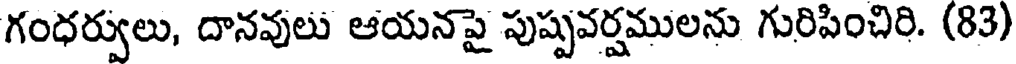
గంధర్వులు, దానవులు ఆయనపై పుష్పవర్షములను గురిపించిరి. (83)